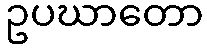
ဥပဃာတော